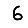
Digit: 6